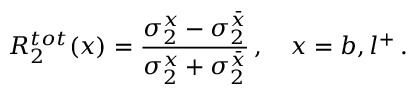
{ \cal R } _ { 2 } ^ { t o t } ( x ) = \frac { \sigma _ { 2 } ^ { x } - \sigma _ { 2 } ^ { \bar { x } } } { \sigma _ { 2 } ^ { x } + \sigma _ { 2 } ^ { \bar { x } } } \, , \quad x = b , l ^ { + } \, .